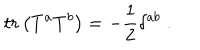
t r \left( T ^ { a } T ^ { b } \right) = - \frac 1 2 \delta ^ { a b } \; .